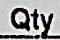
QTY